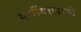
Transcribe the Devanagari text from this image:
गोपींबरोबरची